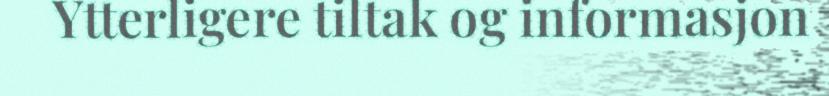
Ytterligere tiltak og informasjon